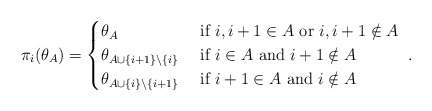
\begin{align*}\pi_i(\theta_A) = \begin{cases}\theta_{A} & \hbox{ if } i, i+1 \in A\hbox{ or }i, i+1 \notin A\\\theta_{A \cup \{i+1\} \backslash \{i\}} & \hbox{ if } i\in A\hbox{ and }i+1 \notin A\\\theta_{A \cup \{i\} \backslash \{i+1\}} & \hbox{ if } i+1\in A\hbox{ and }i \notin A\end{cases}~.\end{align*}